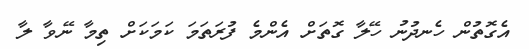
އެގޮތުން ހެނދުނު ހޭލާ ގޮތަށް އެންމެ ފުރަތަމަ ކަމަކަށް ތިމާ ނޭވާ ލާ